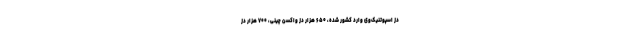
دُز اسپوتنیک‌وی وارد کشور شده، ۶۵۰ هزار دُز واکسن چینی، ۷۰۰ هزار دُز